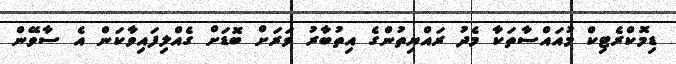
ޑިމޮކްރެޓިކް މުއައްސާތަކާ މެދު ރައްޔިތުންގެ އިތުބާރު ވަރަށް ބޮޑަށް ގެއްލިފައިވާކަން އެ ސާވޭން